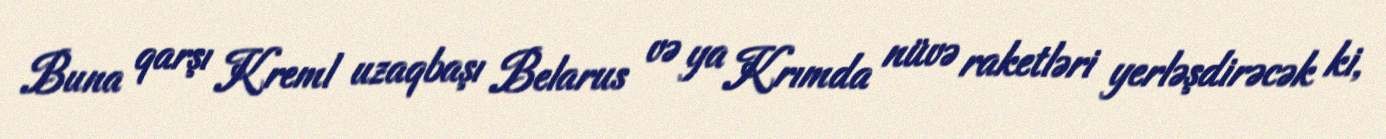
Buna qarşı Kreml uzaqbaşı Belarus və ya Krımda nüvə raketləri yerləşdirəcək ki,